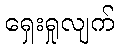
ရှေးရှုလျက်